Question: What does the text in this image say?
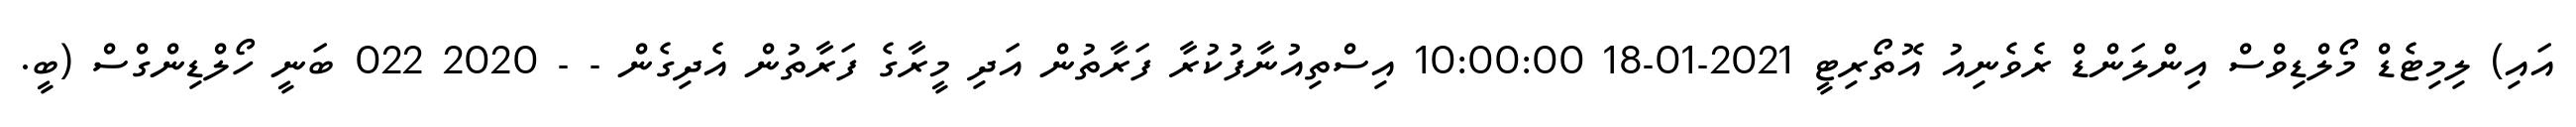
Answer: އައި) ލިމިޓެޑް މޯލްޑިވްސް އިންލަންޑް ރެވެނިއު އޮތޯރިޓީ 2021-01-18 10:00:00 އިސްތިއުނާފުކުރާ ފަރާތުން އަދި މީރާގެ ފަރާތުން އެދިގެން - - 2020 022 ބަނީ ހޯލްޑިންގްސް (ބީ.